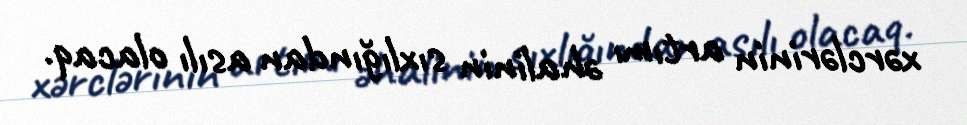
xərclərinin artımı əhalinin sıxlığından asılı olacaq.